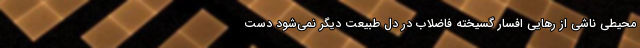
محیطی ناشی از رهایی افسار گسیخته فاضلاب در دل طبیعت دیگر نمی‌شود دست